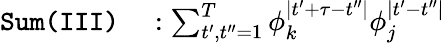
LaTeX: \begin{array}{rl}{\texttt{Sum}\texttt{(III)}}&{{}:\sum_{t^{\prime},t^{\prime\prime}=1}^{T}\phi_{k}^{\mid t^{\prime}+\tau-t^{\prime\prime}\mid}\phi_{j}^{\mid t^{\prime}-t^{\prime\prime}\mid}}\end{array}